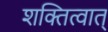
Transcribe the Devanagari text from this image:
शक्तित्वात्